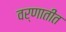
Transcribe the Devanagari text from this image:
वर्णातीत